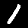
Digit: 1